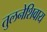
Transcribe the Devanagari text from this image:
तुलनेशिवाय